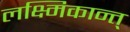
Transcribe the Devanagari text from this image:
लक्ष्मिकान्त्